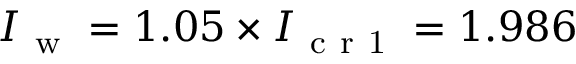
I _ { \mathrm { ~ w ~ } } = 1 . 0 5 \times I _ { \mathrm { ~ c ~ r ~ 1 ~ } } = 1 . 9 8 6